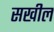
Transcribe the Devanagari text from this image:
सखील